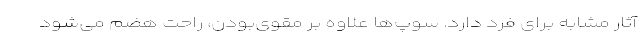
آثار مشابه برای فرد دارد. سوپ‌ها علاوه بر مقوی‌بودن، راحت هضم می‌شود